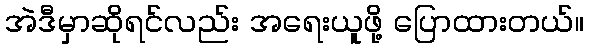
အဲဒီမှာဆိုရင်လည်း အရေးယူဖို့ ပြောထားတယ်။